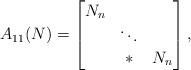
LaTeX: \begin{align*}A_{11}(N) = \begin{bmatrix}N_{n} \\* & \ddots \\* & * & N_{n}\end{bmatrix},\end{align*}